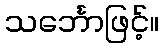
သင်္ဘောဖြင့်။